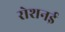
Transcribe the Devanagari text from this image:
रोशनई